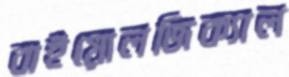
বাইয়োলজিক্যাল